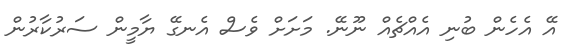
އޭ އެހެން ބުނި އެއްޗެއް ނޫނޭ. މަށަށް ވެސް އެނގޭ ޔާމީން ސަރުކާރުން